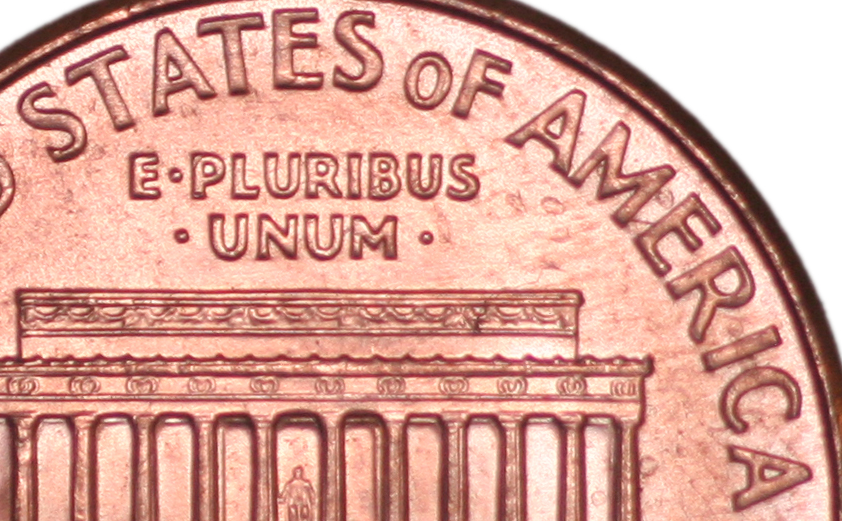
STATES OF AMERICA